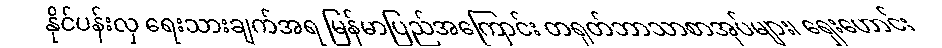
နိုင်ပန်းလှ ရေးသားချက်အရ မြန်မာပြည်အကြောင်း တရုတ်ဘာသာစာအုပ်များ၊ ရှေးဟောင်း